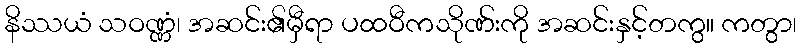
နိဿယံ သဝဏ္ဏံ၊ အဆင်း၏မှီရာ ပထဝီကသိုဏ်းကို အဆင်းနှင့်တကွ။ ကတွာ၊